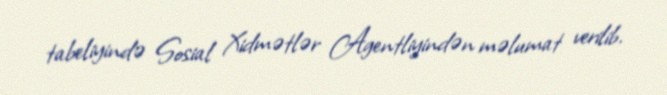
tabeliyində Sosial Xidmətlər Agentliyindən məlumat verilib.